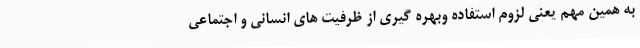
به همین مهم یعنی لزوم استفاده وبهره گیری از ظرفیت های انسانی و اجتماعی